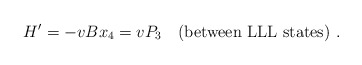
\begin{align*}H' = -v B x_4 = v P_3\quad (\mbox{between LLL states})\ .\end{align*}